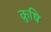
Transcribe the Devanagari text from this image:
क्रुषि